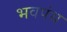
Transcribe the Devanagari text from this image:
भवपंथ